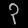
Digit: ၃